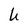
Character: U